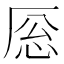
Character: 𪠎